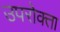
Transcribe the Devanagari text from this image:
उपरोक्ता